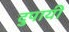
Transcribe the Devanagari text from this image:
दुपायी